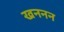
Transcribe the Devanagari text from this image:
खननन